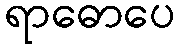
ရာဓောပေ